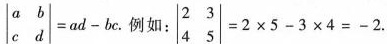
$$ \begin { matrix } a \quad b \\ c \qua d d \\ \end {matrix} =a d - b c$$例如： $$\begin {vmatrix} 2 & 3 \\ 4 & 5 \end {vmatrix} = 2 \times 5 - 3 \times 4 = -2$$